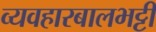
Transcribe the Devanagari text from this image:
व्यवहारबालभट्टी